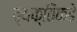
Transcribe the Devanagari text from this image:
व्यक्तिकडे